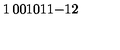
\begin{matrix} { 1 } & { 0 } & { 0 } \\ { 1 } & { 0 } & { 1 } \\ { 1 } & { - 1 } & { 2 } \\ \end{matrix}